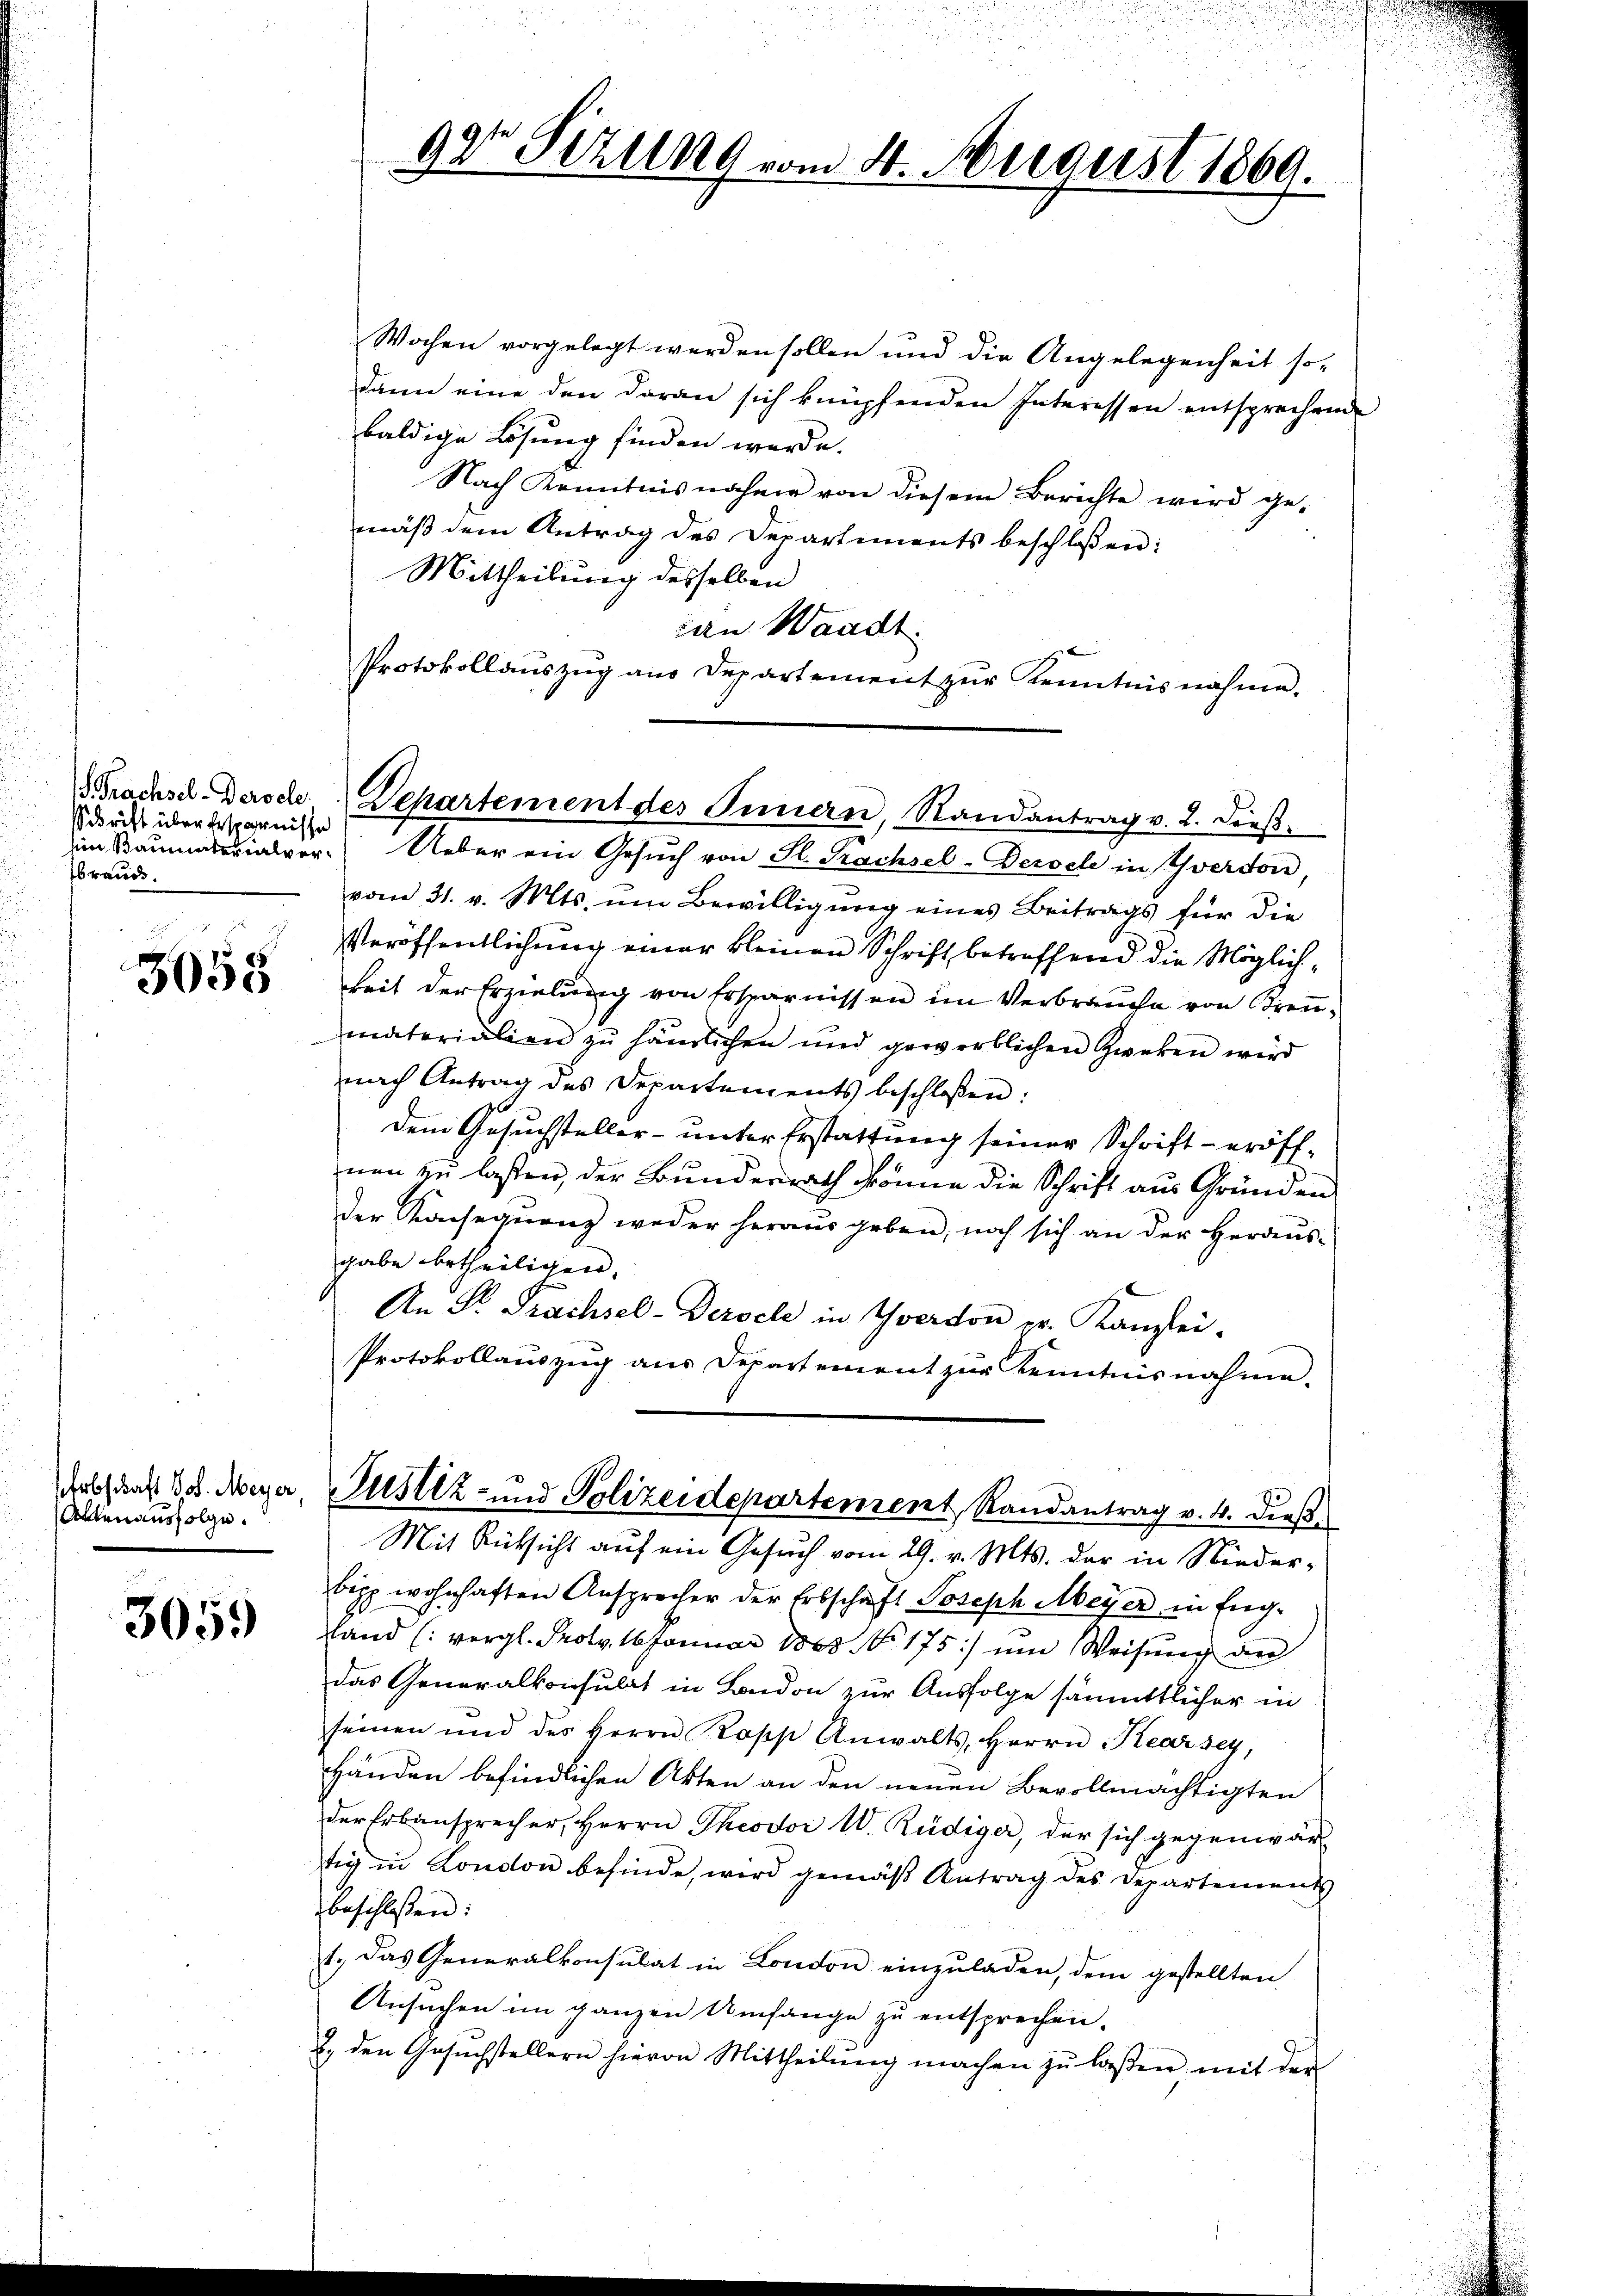
sSchrift über Ersparnisse
Ibrand.

u
3058

Erbschaft vor. Meyer
Alten ausfolge.

3059

Wochen vorgelegt werden sollen und die Angelegenheit sodann eine den daran sich knüpfenden Interessen entsprechende
baldige Lösung finden werde.
Nach Kenntnis nähme von diesem Berichte wird ge-
mäß dem Antrag des Departiments beschloßen:
Mittheilung desselben
an Waadt
Protokollaŭszŭg aŭs Departement zŭr Kenntnisnahme.
imarialver Ueber ein Gesŭch von Fl. Krachsel-Deroche in Yverdon,
vom 31. v. Mts. um Bewilligung eines Beitrags für die
Veröffentlichung einer kleinen Schrift betreffend die Möglichkeit der Erzielung von Ersparnissen im Verbrauche von Kreumaterialien zu händlichen und gewerblichen Zweken wird
nach Antrag des Departements beschloßen:
dem Gesuchsteller- unter Erstattung seiner Schrift - eröffnen zu lassen, der Bunderrath könne die Schrift aus Gründen
der Konsequenz weder heraŭs geben noch sich an der Heraŭs-
gabe betheiligen.
An Fr. Prachsel-Dersel in Yverson pr. Kanzlei.
Protokollauszug aus Departement zur Kenntnisnahme.
Justiz- und Polizeidepartement, Randantrag v. 4. dieß¬
Mit Rücksicht auf ein Gesuch vom 29. v. Mts. der in Nieder-
bipp wohnhaften Ansprecher der Erbschaft Joseph Meyer in Eng-
sland (vergl. Prolo. Januar 1863 No 175) um Weisung an
das Generalkonsulat in London zur Ausfolge sämmtlicher in
seinen und des Herrn Kopp Anwalts, Herrn Kearsey,
Händen befindlichen Akten an den neuen Bevollmächtigten
der Erbansprecher, Herrn Theodor W. Rüdiger, der sich gegenwärtig in London befinde, wird gemäß Antrag des Departements
beschlossen:
1., Das Generalkonsulat in London einzuladen, dem gestellten
Ansuchen im ganzen Umfange zu entsprechen.
2. den Gesuchstellern hievon Mittheilŭng machen zŭ laßen mit der

9t Sezung vom 4. August 1869.

BBrachse. Derode Departement des Innern, Randantrag v. 2. dieβ.